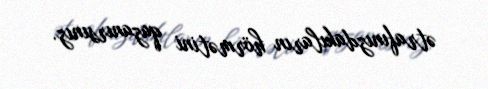
ətrafınızdakıların hörmətini qazanırsınız.